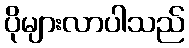
ပိုများလာပါသည်